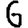
Digit: 6